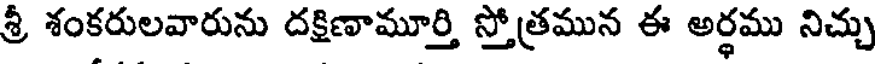
శ్రీ శంకరులవారును దక్షిణామూర్తి స్తోత్రమున ఈ అర్థము నిచ్చు